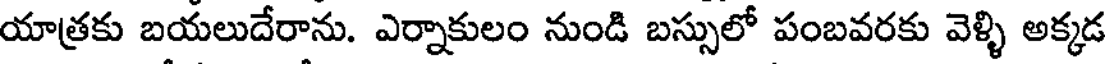
యాత్రకు బయలుదేరాను. ఎర్నాకులం నుండి బస్సులో పంబవరకు వెళ్ళి అక్కడ